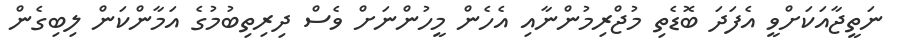
ނަތީޖާއަކަށްވީ އެފަދަ ބޮޑެތި މުޖްރިމުންނާއި އެހެން މީހުންނަށް ވެސް ދިރިތިބުމުގެ އަމާންކަން ލިބިގެން